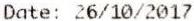
DATE: 26/10/2017